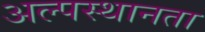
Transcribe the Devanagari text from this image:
अल्पस्थानता